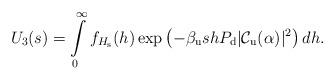
LaTeX: \begin{align*}\!\!\!\!\!\!U_3(s)=\int\limits_{0}^{\infty} f_{H_{\rm s}}(h) \exp \left( - \beta_{\rm u} s h P_{\rm d}|\mathcal{C}_{\rm u}(\alpha)|^2 \right) dh . \end{align*}